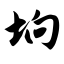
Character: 垧